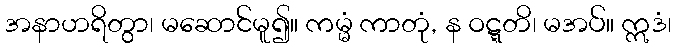
အနာဟရိတွာ၊ မဆောင်မူ၍။ ကမ္မံ ကာတုံ, န ဝဋ္ဋတိ၊ မအပ်။ ဣဒံ၊